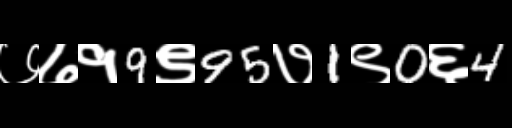
Text: ७७१9९95७1९0६4